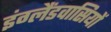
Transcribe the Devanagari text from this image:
इंग्लैंडवासियों